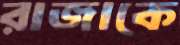
রাজাকে